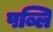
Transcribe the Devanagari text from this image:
पब्लि